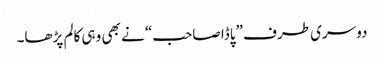
دوسری طرف ”پاڈا صاحب“ نے بھی وہی کالم پڑھا۔